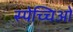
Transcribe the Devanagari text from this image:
स्पेच्चिओ